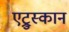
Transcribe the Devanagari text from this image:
एट्रुस्कान